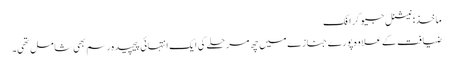
ماخذ: نیشنل جیوگرافک
ضیافت کے علاوہ پورے جنازے میں چھ مرحلے کی ایک انتہائی پیچیدہ رسم بھی شامل تھی۔